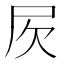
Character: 𣢂